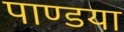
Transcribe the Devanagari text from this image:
पाण्डया